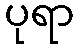
ပုရာ